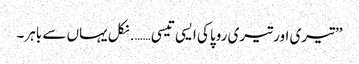
’’تیری اور تیری روپا کی ایسی تیسی……. نکل یہاں سے باہر۔